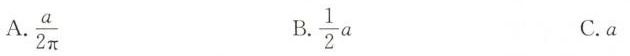
A.\frac{a}{2 \pi} B.\frac{1}{2}a C.a